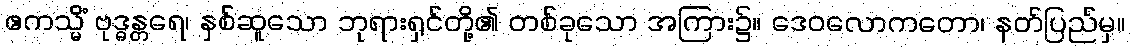
ဧကသ္မိံ ဗုဒ္ဓန္တရေ၊ နှစ်ဆူသော ဘုရားရှင်တို့၏ တစ်ခုသော အကြား၌။ ဒေဝလောကတော၊ နတ်ပြည်မှ။